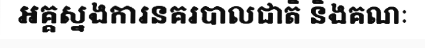
អគ្គស្នងការនគរបាលជាតិ និងគណៈ